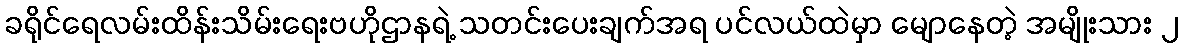
ခရိုင်ရေလမ်းထိန်းသိမ်းရေးဗဟိုဌာနရဲ့ သတင်းပေးချက်အရ ပင်လယ်ထဲမှာ မျောနေတဲ့ အမျိုးသား ၂